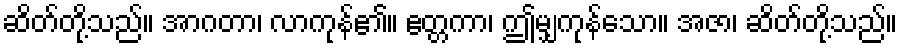
ဆိတ်တို့သည်။ အာဂတာ၊ လာကုန်၏။ ဧတ္တကာ၊ ဤမျှကုန်သော။ အဇာ၊ ဆိတ်တို့သည်။